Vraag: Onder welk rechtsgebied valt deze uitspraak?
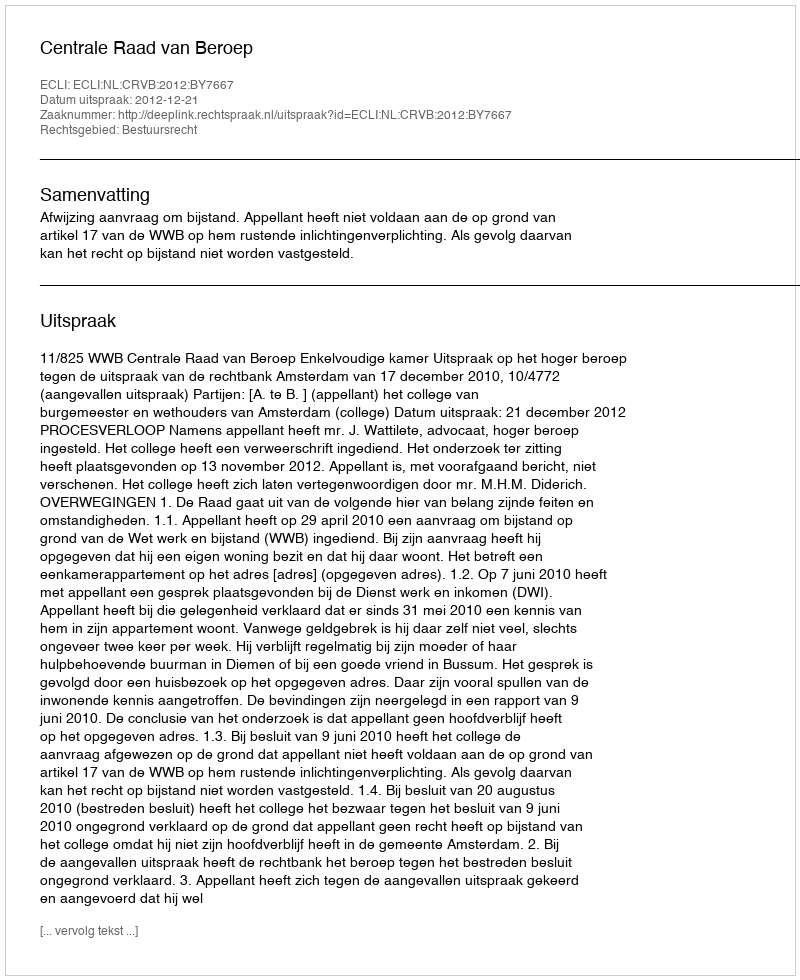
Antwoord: Bestuursrecht